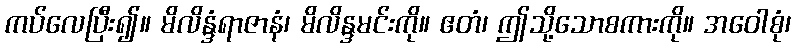
ကပ်လေပြီး၍။ မိလိန္ဒံရာဇာနံ၊ မိလိန္ဒမင်းကို။ ဧတံ၊ ဤသို့သောစကားကို။ အဝေါစုံ၊